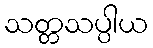
သတ္တသပ္ပါယ